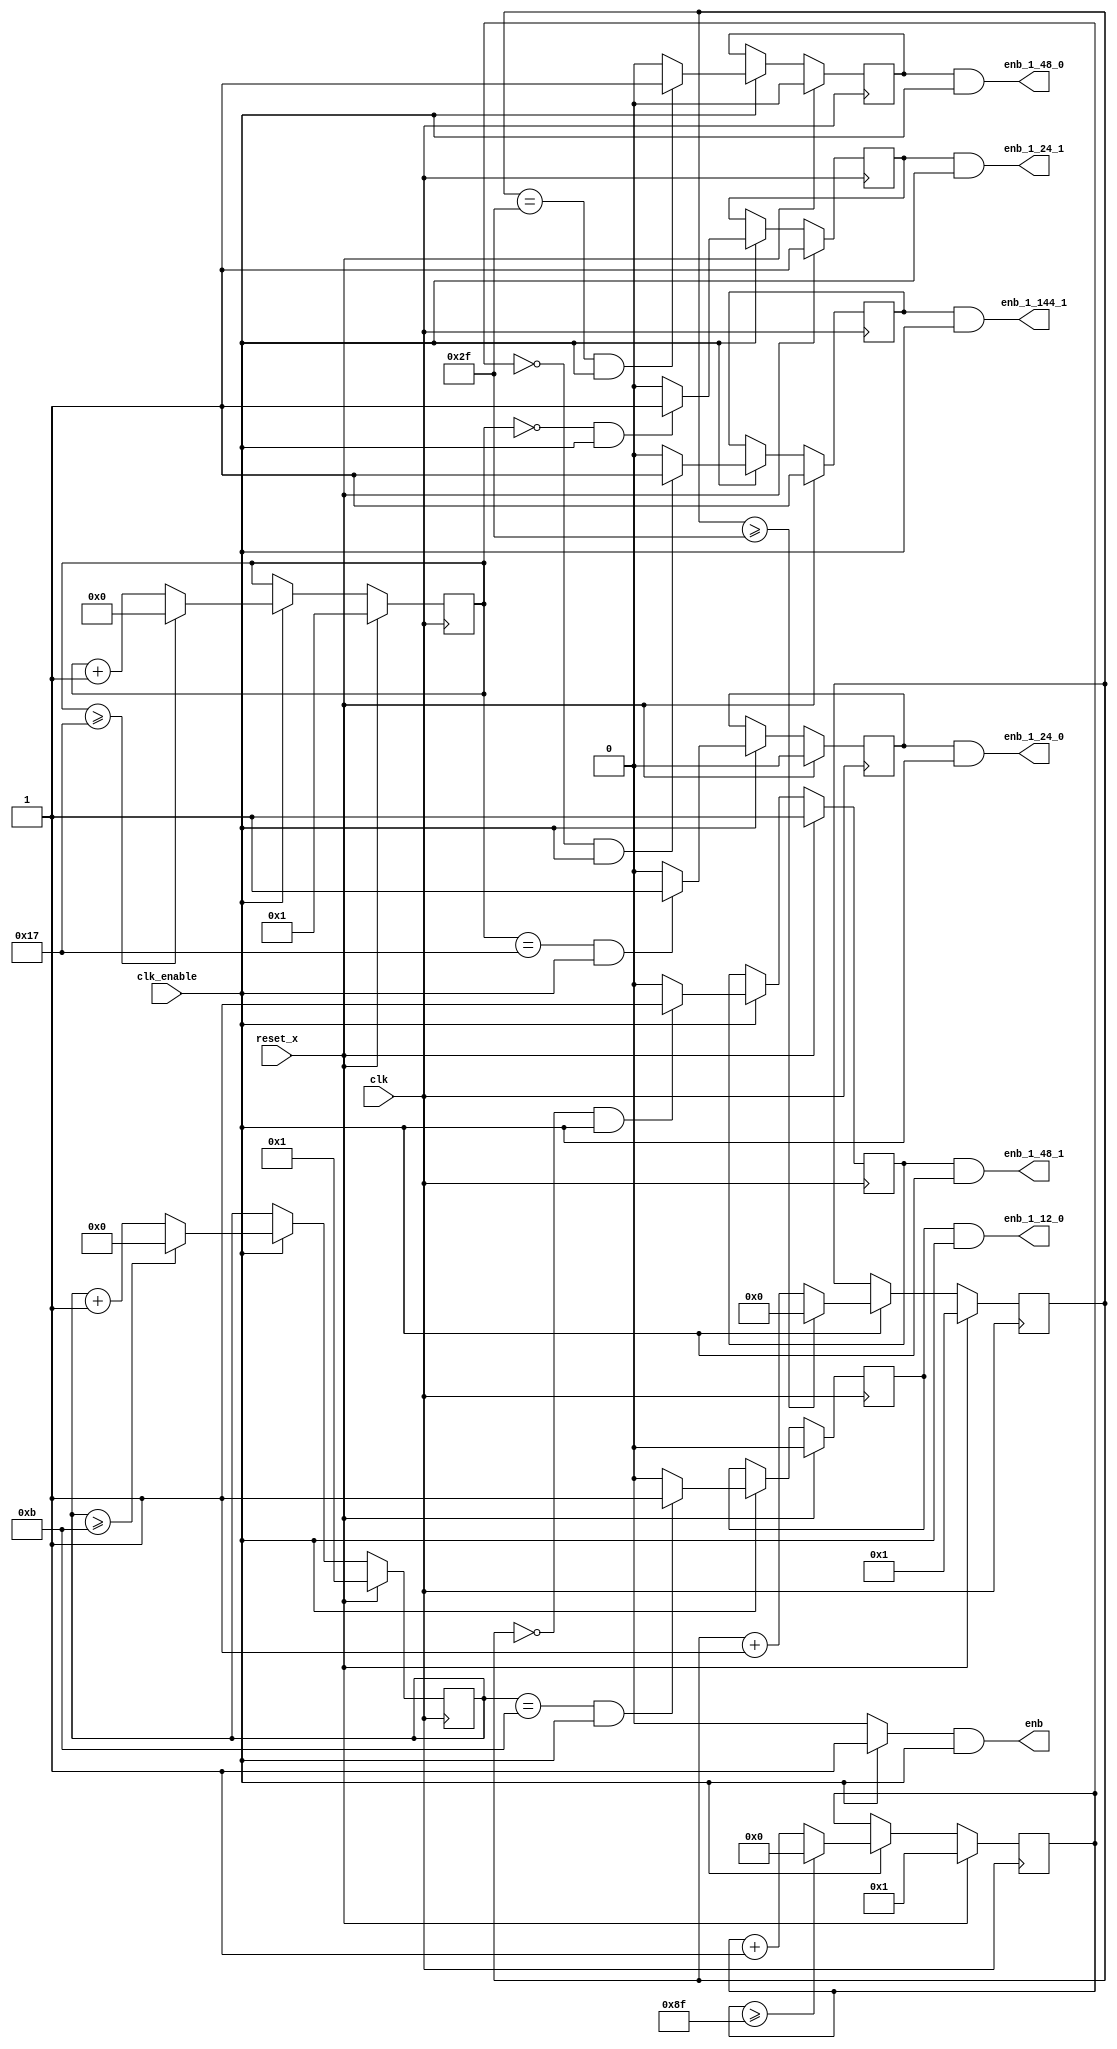
// -------------------------------------------------------------
// 
// 
// Generated by MATLAB 9.9 and HDL Coder 3.17
// 
// -------------------------------------------------------------


// -------------------------------------------------------------
// 
// Module: Non_recursive_CIC1_tc
// Source Path: Non-recursive CIC1_tc
// Hierarchy Level: 1
// 
// Master clock enable input: clk_enable
// 
// enb         : identical to clk_enable
// enb_1_12_0  : 12x slower than clk with last phase
// enb_1_24_0  : 24x slower than clk with last phase
// enb_1_24_1  : 24x slower than clk with phase 1
// enb_1_48_0  : 48x slower than clk with last phase
// enb_1_48_1  : 48x slower than clk with phase 1
// enb_1_144_1 : 144x slower than clk with phase 1
// 
// -------------------------------------------------------------

`timescale 1 ns / 1 ns

module Non_recursive_CIC1_tc
          (clk,
           reset_x,
           clk_enable,
           enb,
           enb_1_12_0,
           enb_1_24_0,
           enb_1_24_1,
           enb_1_48_0,
           enb_1_48_1,
           enb_1_144_1);


  input   clk;
  input   reset_x;
  input   clk_enable;
  output  enb;
  output  enb_1_12_0;
  output  enb_1_24_0;
  output  enb_1_24_1;
  output  enb_1_48_0;
  output  enb_1_48_1;
  output  enb_1_144_1;


  reg [3:0] count12;  // ufix4
  reg  phase_0;
  wire phase_0_tmp;
  reg [4:0] count24;  // ufix5
  reg  phase_0_1;
  wire phase_0_tmp_1;
  reg  phase_1;
  wire phase_1_tmp;
  reg [5:0] count48;  // ufix6
  reg  phase_0_2;
  wire phase_0_tmp_2;
  reg  phase_1_1;
  wire phase_1_tmp_1;
  reg [7:0] count144;  // ufix8
  wire phase_all;
  reg  phase_1_2;
  wire phase_1_tmp_2;


  always @ (posedge clk)
    begin: Counter12
      if (reset_x == 1'b1) begin
        count12 <= 4'b0001;
      end
      else begin
        if (clk_enable == 1'b1) begin
          if (count12 >= 4'b1011) begin
            count12 <= 4'b0000;
          end
          else begin
            count12 <= count12 + 4'b0001;
          end
        end
      end
    end // Counter12

  always @ ( posedge clk)
    begin: temp_process1
      if (reset_x == 1'b1) begin
        phase_0 <= 1'b0;
      end
      else begin
        if (clk_enable == 1'b1) begin
          phase_0 <= phase_0_tmp;
        end
      end
    end // temp_process1

  assign  phase_0_tmp = (count12 == 4'b1011 && clk_enable == 1'b1) ? 1'b1 : 1'b0;

  always @ (posedge clk)
    begin: Counter24
      if (reset_x == 1'b1) begin
        count24 <= 5'b00001;
      end
      else begin
        if (clk_enable == 1'b1) begin
          if (count24 >= 5'b10111) begin
            count24 <= 5'b00000;
          end
          else begin
            count24 <= count24 + 5'b00001;
          end
        end
      end
    end // Counter24

  always @ ( posedge clk)
    begin: temp_process2
      if (reset_x == 1'b1) begin
        phase_0_1 <= 1'b0;
      end
      else begin
        if (clk_enable == 1'b1) begin
          phase_0_1 <= phase_0_tmp_1;
        end
      end
    end // temp_process2

  assign  phase_0_tmp_1 = (count24 == 5'b10111 && clk_enable == 1'b1) ? 1'b1 : 1'b0;

  always @ ( posedge clk)
    begin: temp_process3
      if (reset_x == 1'b1) begin
        phase_1 <= 1'b1;
      end
      else begin
        if (clk_enable == 1'b1) begin
          phase_1 <= phase_1_tmp;
        end
      end
    end // temp_process3

  assign  phase_1_tmp = (count24 == 5'b00000 && clk_enable == 1'b1) ? 1'b1 : 1'b0;

  always @ (posedge clk)
    begin: Counter48
      if (reset_x == 1'b1) begin
        count48 <= 6'b000001;
      end
      else begin
        if (clk_enable == 1'b1) begin
          if (count48 >= 6'b101111) begin
            count48 <= 6'b000000;
          end
          else begin
            count48 <= count48 + 6'b000001;
          end
        end
      end
    end // Counter48

  always @ ( posedge clk)
    begin: temp_process4
      if (reset_x == 1'b1) begin
        phase_0_2 <= 1'b0;
      end
      else begin
        if (clk_enable == 1'b1) begin
          phase_0_2 <= phase_0_tmp_2;
        end
      end
    end // temp_process4

  assign  phase_0_tmp_2 = (count48 == 6'b101111 && clk_enable == 1'b1) ? 1'b1 : 1'b0;

  always @ ( posedge clk)
    begin: temp_process5
      if (reset_x == 1'b1) begin
        phase_1_1 <= 1'b1;
      end
      else begin
        if (clk_enable == 1'b1) begin
          phase_1_1 <= phase_1_tmp_1;
        end
      end
    end // temp_process5

  assign  phase_1_tmp_1 = (count48 == 6'b000000 && clk_enable == 1'b1) ? 1'b1 : 1'b0;

  always @ (posedge clk)
    begin: Counter144
      if (reset_x == 1'b1) begin
        count144 <= 8'b00000001;
      end
      else begin
        if (clk_enable == 1'b1) begin
          if (count144 >= 8'b10001111) begin
            count144 <= 8'b00000000;
          end
          else begin
            count144 <= count144 + 8'b00000001;
          end
        end
      end
    end // Counter144

  assign phase_all = clk_enable ? 1'b1 : 1'b0;

  always @ ( posedge clk)
    begin: temp_process6
      if (reset_x == 1'b1) begin
        phase_1_2 <= 1'b1;
      end
      else begin
        if (clk_enable == 1'b1) begin
          phase_1_2 <= phase_1_tmp_2;
        end
      end
    end // temp_process6

  assign  phase_1_tmp_2 = (count144 == 8'b00000000 && clk_enable == 1'b1) ? 1'b1 : 1'b0;

  assign enb =  phase_all & clk_enable;

  assign enb_1_12_0 =  phase_0 & clk_enable;

  assign enb_1_24_0 =  phase_0_1 & clk_enable;

  assign enb_1_24_1 =  phase_1 & clk_enable;

  assign enb_1_48_0 =  phase_0_2 & clk_enable;

  assign enb_1_48_1 =  phase_1_1 & clk_enable;

  assign enb_1_144_1 =  phase_1_2 & clk_enable;


endmodule  // Non_recursive_CIC1_tc